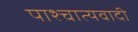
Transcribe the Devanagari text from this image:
पाश्चात्यवादी